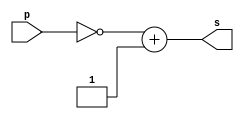

// ------------------------- 
// Exercicio 0004 
// Nome: Guilherme Gideoni Albinati Batista 
// ------------------------- 
// ------------------------- 

// -------------------------

module CP2 (output s, input p); 
	assign s = ~p + 'b1; // criar vinculo permanente 
 
endmodule // buffer
 
module test_base_01; 
// ------------------------- definir dados 
	reg signed [7:0] a; 
	reg signed [6:0] b; 
	reg signed [5:0] c;
	reg signed [4:0] d; 
	reg signed [7:0] e;
	// ------------------------- parte principal 
	initial begin 
		$display("Exercicio0004 - Guilherme Gideoni Albinati Batista - 451565"); 
		$display("complemento de 2 com registros limitados");
		
	 
	a= ~'b101111 + 'b1;
	$display(" a = %d = %8b", a, a);
	
	
	b= ~57 + 'b1;
	$display(" b = %d = %8b", b, b);
	
	
	c= ~25 + 'b1;
	$display(" c = %d = %8b", c, c);	  
	
	
	d= ~'hD + 'b1;
	$display(" d = %d = %8b", d, d);
	
	e= ~'o24 + 'b1;
	$display(" e = %d = %8b", e, e);
	
	end 
endmodule

/*
Exercicio0004 - Guilherme Gideoni Albinati Batista - 451565
complemento de 2 com registros limitados
 a =  -47 = 11010001
 b = -57 =  1000111
 c = -25 =   100111
 d = -13 =    10011
 e =  -20 = 11101100
*/